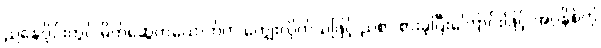
ညနေပိုင်းတွင် မိတ်ဆွေတယောက်က ကျွေးလိုက်သဖြင့် ညစာ စားခဲ့ပြီးကြောင်းဖြင့် အဂ္ဂနိစ်ကို